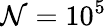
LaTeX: \mathcal{N}=10^{5}